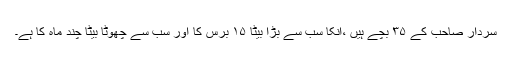
سردار صاحب کے ۳۵ بچے ہیں ،انکا سب سے بڑا بیٹا ۱۵ برس کا اور سب سے چھوٹا بیٹا چند ماہ کا ہے۔